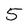
Character: 5